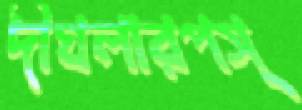
দীঘলারপস্